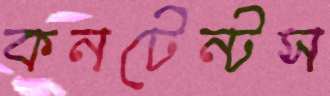
কনটেন্টস